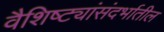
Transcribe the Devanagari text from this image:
वैशिष्ट्यांसंदर्भातील